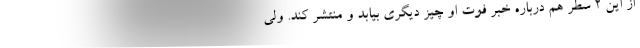
از این 2 سطر هم درباره خبر فوت او چیز دیگری بیابد و منتشر کند. ولی